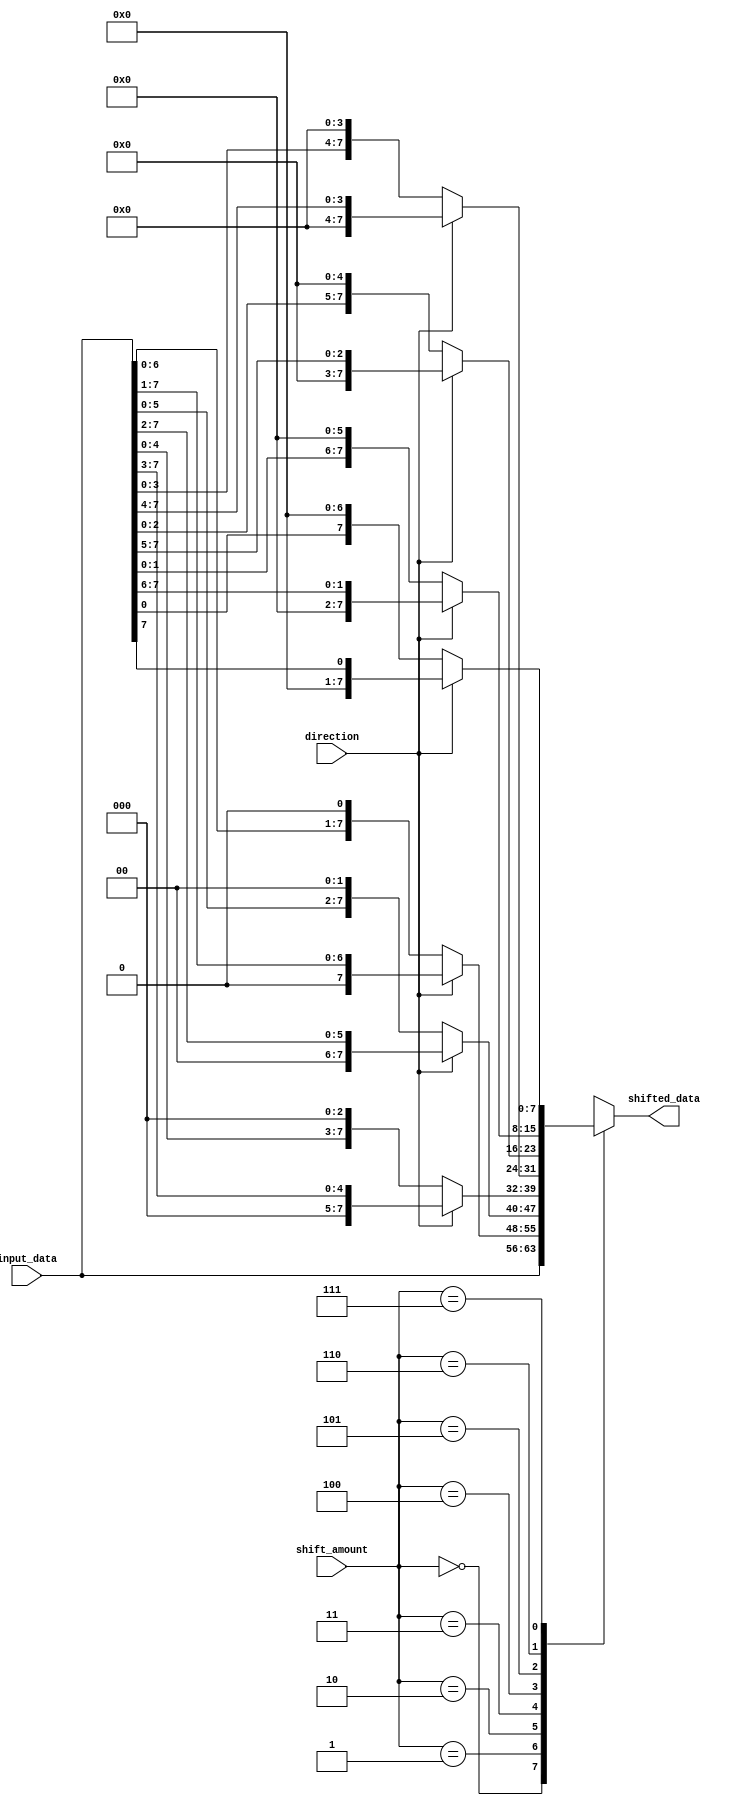
module BarrelShifter (
    input [7:0] input_data,
    input [2:0] shift_amount,
    input direction,
    output reg [7:0] shifted_data
);

always @(*) begin
    case (shift_amount)
        3'b000: shifted_data = input_data;
        3'b001: shifted_data = direction ? input_data >> 1 : input_data << 1;
        3'b010: shifted_data = direction ? input_data >> 2 : input_data << 2;
        3'b011: shifted_data = direction ? input_data >> 3 : input_data << 3;
        3'b100: shifted_data = direction ? input_data >> 4 : input_data << 4;
        3'b101: shifted_data = direction ? input_data >> 5 : input_data << 5;
        3'b110: shifted_data = direction ? input_data >> 6 : input_data << 6;
        3'b111: shifted_data = direction ? input_data >> 7 : input_data << 7;
        default: shifted_data = input_data;
    endcase
end

endmodule